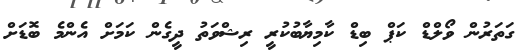
ގަތަރުން ވޯލްޑް ކަޕް ބިޑް ކާމިޔާބުކުރީ ރިޝްވަތު ދީގެން ކަމަށް އެންމެ ބޮޑަށް